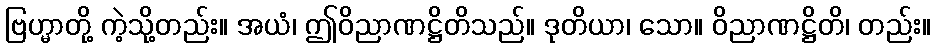
ဗြဟ္မာတို့ ကဲ့သို့တည်း။ အယံ၊ ဤဝိညာဏဋ္ဌိတိသည်။ ဒုတိယာ၊ သော။ ဝိညာဏဋ္ဌိတိ၊ တည်း။